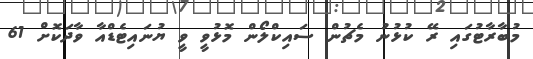
މުބާރާޓުގައި ރޭ ކުޅުނު މެޗުން ސައިކްލޯން މޮޅުވީ ވީ ޔުނައިޓެޑްއާ ވާދަކޮށް 61